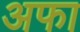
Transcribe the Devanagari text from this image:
अफा